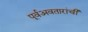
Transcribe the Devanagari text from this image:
पूर्वअवतारांची